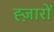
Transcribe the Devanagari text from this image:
ह्ज़ारों